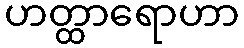
ဟတ္ထာရောဟာ